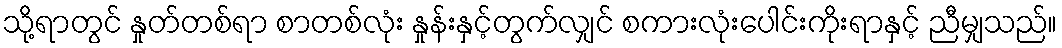
သို့ရာတွင် နှုတ်တစ်ရာ စာတစ်လုံး နှုန်းနှင့်တွက်လျှင် စကားလုံးပေါင်းကိုးရာနှင့် ညီမျှသည်။